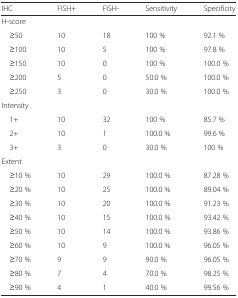
| IHC | FISH+ | FISH- | Sensitivity | Specificity |
 | --- | --- | --- | --- | --- |
 | <COLSPAN=5> H-score |
 | ≥50 | 10 | 18 | 100 % | 92.1 % |
 | ≥100 | 10 | 5 | 100 % | 97.8 % |
 | ≥150 | 10 | 0 | 100 % | 100.0 % |
 | ≥200 | 5 | 0 | 50.0 % | 100.0 % |
 | ≥250 | 3 | 0 | 30.0 % | 100.0 % |
 | <COLSPAN=5> Intensity |
 | 1+ | 10 | 32 | 100 % | 85.7 % |
 | 2+ | 10 | 1 | 100.0 % | 99.6 % |
 | 3+ | 3 | 0 | 30.0 % | 100 % |
 | <COLSPAN=5> Extent |
 | ≥10 % | 10 | 29 | 100.0 % | 87.28 % |
 | ≥20 % | 10 | 25 | 100.0 % | 89.04 % |
 | ≥30 % | 10 | 20 | 100.0 % | 91.23 % |
 | ≥40 % | 10 | 15 | 100.0 % | 93.42 % |
 | ≥50 % | 10 | 14 | 100.0 % | 93.86 % |
 | ≥60 % | 10 | 9 | 100.0 % | 96.05 % |
 | ≥70 % | 9 | 9 | 90.0 % | 96.05 % |
 | ≥80 % | 7 | 4 | 70.0 % | 98.25 % |
 | ≥90 % | 4 | 1 | 40.0 % | 99.56 % |